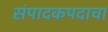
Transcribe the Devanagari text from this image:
संपादकपदाचा